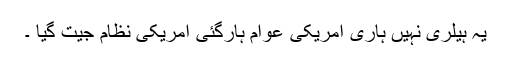
یہ ہیلری نہیں ہاری امریکی عوام ہارگئی امریکی نظام جیت گیا ۔